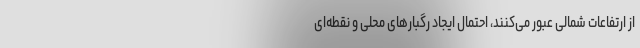
از ارتفاعات شمالی عبور می‌کنند، احتمال ایجاد رگبارهای محلی و نقطه‌ای